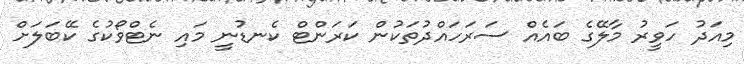
މިއަދު ހަވީރު މާލޭގެ ބައެއް ސަރަހައްދުތަކުން ކަރަންޓް ކެނޑުނީ މައި ނެޓްވޯކުގެ ކޭބަލަށް